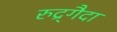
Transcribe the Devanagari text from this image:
रुद्र्गैदा